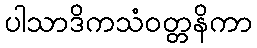
ပါသာဒိကသံဝတ္တနိကာ